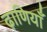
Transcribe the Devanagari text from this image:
ढ़ाणियाँ